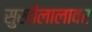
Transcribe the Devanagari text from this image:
सुखीलालावर